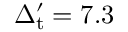
\Delta _ { \mathrm { t } } ^ { \prime } = 7 . 3